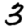
Digit: 3